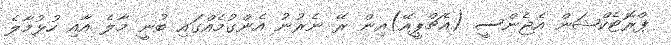
ޕްރޮޓެކްޝަން އެޖެންސީ (އެޗްޕީއޭ)އިން ރޭ ނެރުނު އެންގުމެއްގައި ބުނީ މާލެ އާއި ހުޅުމާލެ